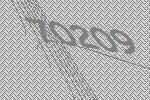
70209